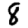
Digit: 8